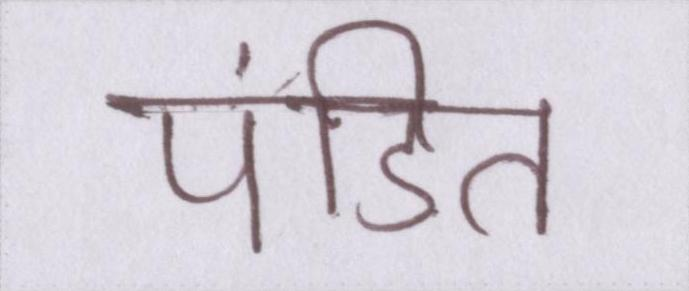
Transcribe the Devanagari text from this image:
पंडित